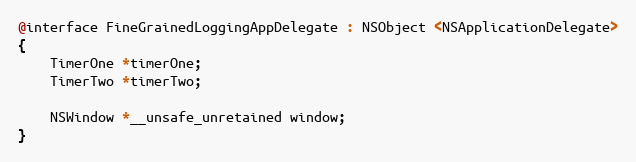
Language: C
@interface FineGrainedLoggingAppDelegate : NSObject <NSApplicationDelegate>
{
    TimerOne *timerOne;
    TimerTwo *timerTwo;

    NSWindow *__unsafe_unretained window;
}